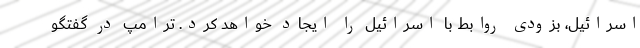
اسرائیل، بزودی روابط با اسرائیل را ایجاد خواهد کرد. ترامپ در گفتگو